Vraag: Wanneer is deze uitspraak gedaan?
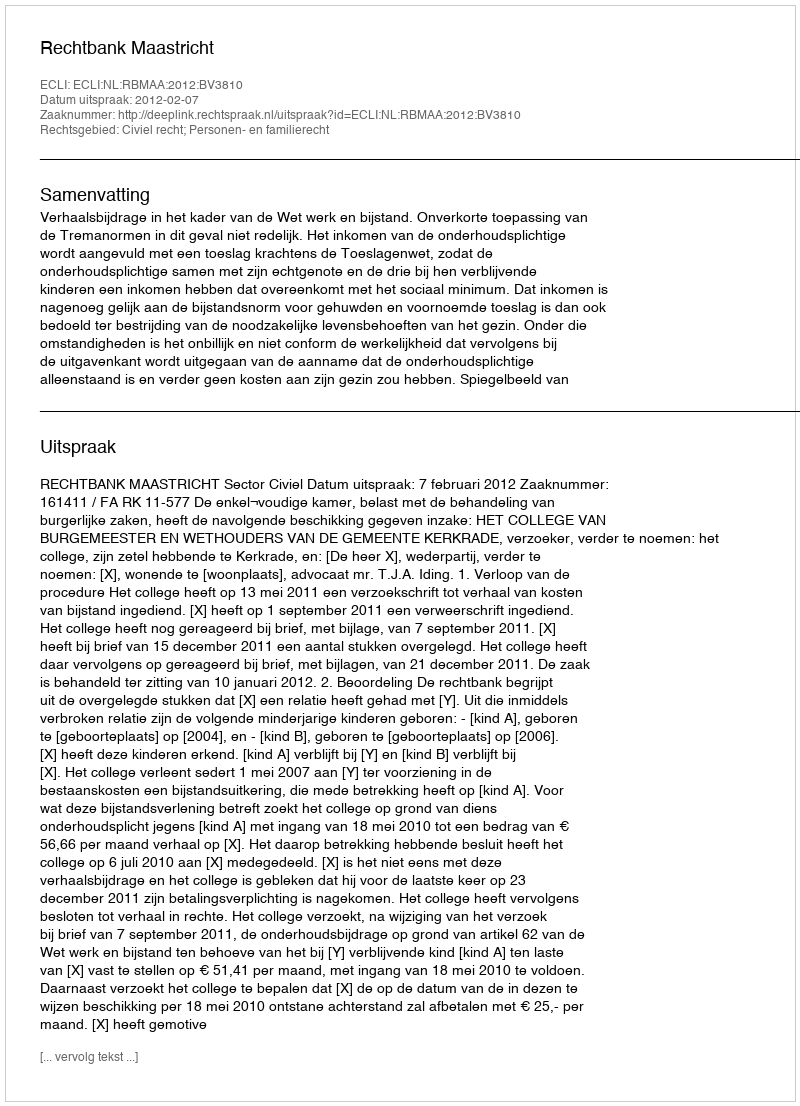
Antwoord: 2012-02-07